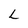
Character: L